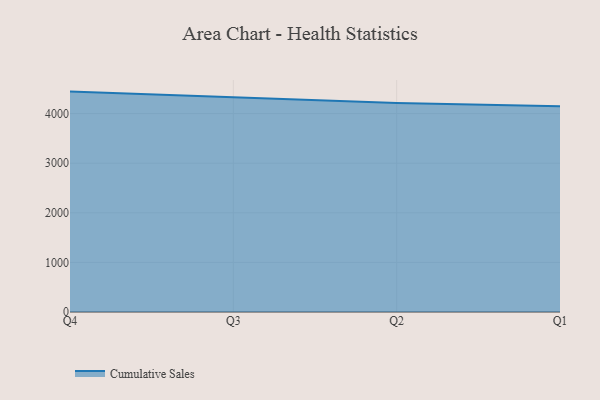
{"axis": {"x": "Quarter", "y": "Energy Usage (MWh)"}, "legend": ["Cumulative Sales"], "data": [{"x": "Q4", "y": 4443.3, "type": "Cumulative Sales"}, {"x": "Q3", "y": 4321.9, "type": "Cumulative Sales"}, {"x": "Q2", "y": 4211.0, "type": "Cumulative Sales"}, {"x": "Q1", "y": 4147.6, "type": "Cumulative Sales"}]}